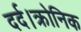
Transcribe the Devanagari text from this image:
दर्द।क्रोनिक